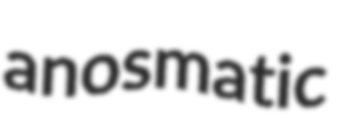
anosmatic